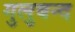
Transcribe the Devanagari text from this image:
गुलुबन्द